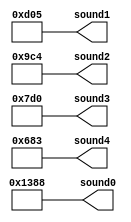
// Retrns 5 sounds in micro-seconds
// 1us = 10^-6sec
// Hz = 1/sec
module sound_generator(sound0,
                       sound1,
                       sound2,
                       sound3,
                       sound4);

    output [12:0] sound0, sound1, sound2, sound3, sound4;

    assign sound0 = 13'd5000; // 5000us = 200Hz
    assign sound1 = 13'd3333; // 3333us = 300Hz
    assign sound2 = 13'd2500; // 2500us = 400HZ
    assign sound3 = 13'd2000; // 2000us = 500Hz
    assign sound4 = 13'd1667; // 1667us = 600Hz

endmodule